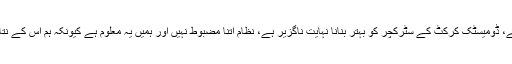
انہوں نے وضاحت دی کہ اصل مسئلہ نظام کی نچلی سطح میں ہے، ڈومیسٹک کرکٹ کے سٹرکچر کو بہتر بنانا نہایت ناگزیر ہے، نظام اتنا مضبوط نہیں اور ہمیں یہ معلوم ہے کیونکہ ہم اس کے نتائج بھی دیکھ رہے ہیں اور ہمیں بے ربطگیاں بھی نظر آرہی ہیں۔